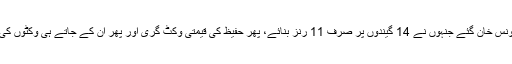
سب سے پہلے یونس خان گئے جنہوں نے 14 گیندوں پر صرف 11 رنز بنائے، پھر حفیظ کی قیمتی وکٹ گری اور پھر ان کے جاتے ہی وکٹوں کی جھڑی لگ گئی۔